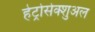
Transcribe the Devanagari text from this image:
हेट्रोसेक्शुअल